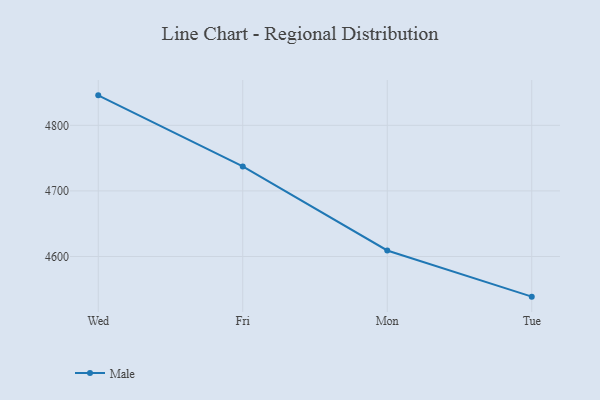
{"axis": {"x": "Day", "y": "Inventory Turnover"}, "legend": ["Male"], "data": [{"x": "Wed", "y": 4845.7, "type": "Male"}, {"x": "Fri", "y": 4737.4, "type": "Male"}, {"x": "Mon", "y": 4609.2, "type": "Male"}, {"x": "Tue", "y": 4538.8, "type": "Male"}]}